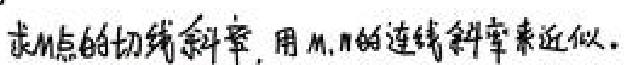
求M点的切线斜率，用M，N的连线斜率来近似。